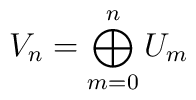
V_n = \bigoplus\limits^n_{m=0} U_m